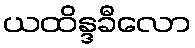
ယထိန္ဒခီလော